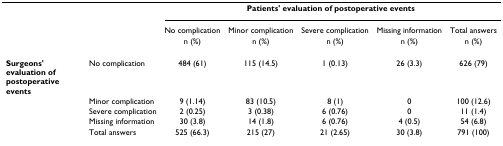
<table><thead><tr><td></td><td></td><td colspan="5"><b>Patients&#x27; evaluation of postoperative events</b></td></tr><tr><td></td><td></td><td><b>No complication</b></td><td><b>Minor complication</b></td><td><b>Severe complication</b></td><td><b>Missing information</b></td><td><b>Total answers</b></td></tr><tr><td></td><td></td><td><b>n (%)</b></td><td><b>n (%)</b></td><td><b>n (%)</b></td><td><b>n (%)</b></td><td><b>n (%)</b></td></tr></thead><tbody><tr><td><b>Surgeons&#x27; evaluation of postoperative events</b></td><td>No complication</td><td>484 (61)</td><td>115 (14.5)</td><td>1 (0.13)</td><td>26 (3.3)</td><td>626 (79)</td></tr><tr><td></td><td>Minor complication</td><td>9 (1.14)</td><td>83 (10.5)</td><td>8 (1)</td><td>0</td><td>100 (12.6)</td></tr><tr><td></td><td>Severe complication</td><td>2 (0.25)</td><td>3 (0.38)</td><td>6 (0.76)</td><td>0</td><td>11 (1.4)</td></tr><tr><td></td><td>Missing information</td><td>30 (3.8)</td><td>14 (1.8)</td><td>6 (0.76)</td><td>4 (0.5)</td><td>54 (6.8)</td></tr><tr><td></td><td>Total answers</td><td>525 (66.3)</td><td>215 (27)</td><td>21 (2.65)</td><td>30 (3.8)</td><td>791 (100)</td></tr></tbody></table>